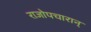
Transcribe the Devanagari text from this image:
राजोपचारान्